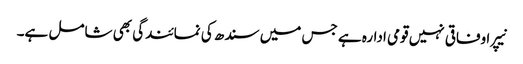
نیپرا وفاقی نہیں قومی ادارہ ہے جس میں سندھ کی نمائندگی بھی شامل ہے۔